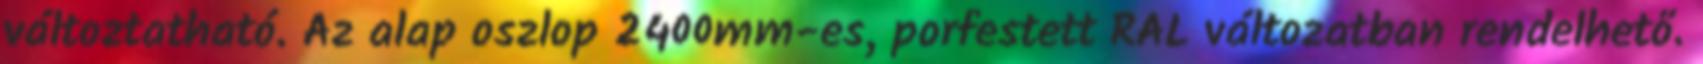
változtatható. Az alap oszlop 2400mm-es, porfestett RAL változatban rendelhető.